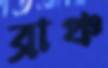
ব্রাঞ্চ